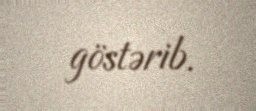
göstərib.